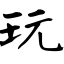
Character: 玩